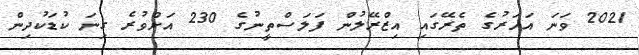
2021 ވަނަ އަހަރުގެ ތެރޭގައި އިޒްރޭލުން ފަލަސްތީނުގެ 230 އަށްވުރެ ގިނަ ކުޑަކުދިން